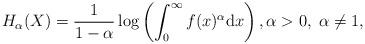
LaTeX: \begin{align*}H_\alpha(X)=\frac{1}{1-\alpha}\log\left(\int^\infty_0f(x)^{\alpha}\mathrm{d}x\right),\alpha > 0,\;\alpha \neq 1,\end{align*}